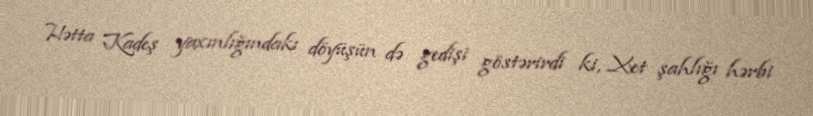
Hətta Kadeş yaxınlığındakı döyüşün də gedişi göstərirdi ki, Xet şahlığı hərbi